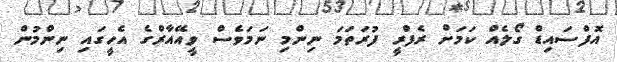
އޮފްސައިޑް ގޯލެއް ކަމަށް ރެފްރީ ފުރަތަމަ ނިންމި ނަމަވެސް ވީއޭއާރްގެ އެހީގައި ނިންމުން